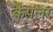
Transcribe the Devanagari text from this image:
कैपलर